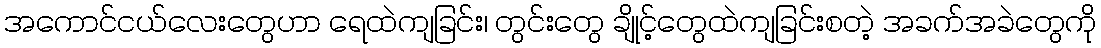
အကောင်ငယ်လေးတွေဟာ ရေထဲကျခြင်း၊ တွင်းတွေ ချိုင့်တွေထဲကျခြင်းစတဲ့ အခက်အခဲတွေကို